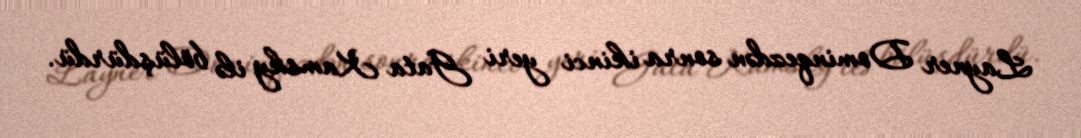
Layner Dominqezdən sonra ikinci yeri Gata Kamsky ilə bölüşdürdü.